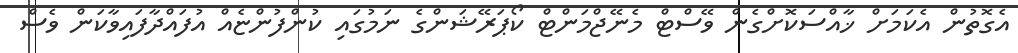
އެގޮތުން އެކަމަށް ޚާއްސަކޮށްގެން ވޭސްޓް މެނޭޖްމަންޓް ކޯޕަރޭޝަންގެ ނަމުގައި ކުންފުންޏެއް އުފައްދާފައިވާކަން ވެސް